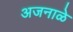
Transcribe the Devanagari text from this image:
अजनाळे